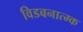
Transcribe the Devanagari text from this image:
विडबनात्म्क